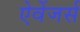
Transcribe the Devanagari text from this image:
ऐवेंजर्स